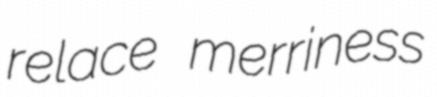
relace merriness